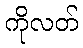
ကိုလတ်